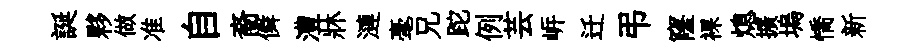
誕夥做准自裔僢澧牀漣毫兄跎例芸㟁迁弔窿裸熄擴塢憍新